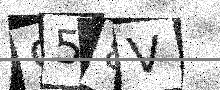
Text: 958V